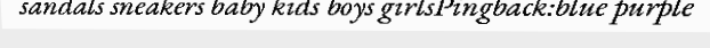
sandals sneakers baby kids boys girlsPingback:blue purple